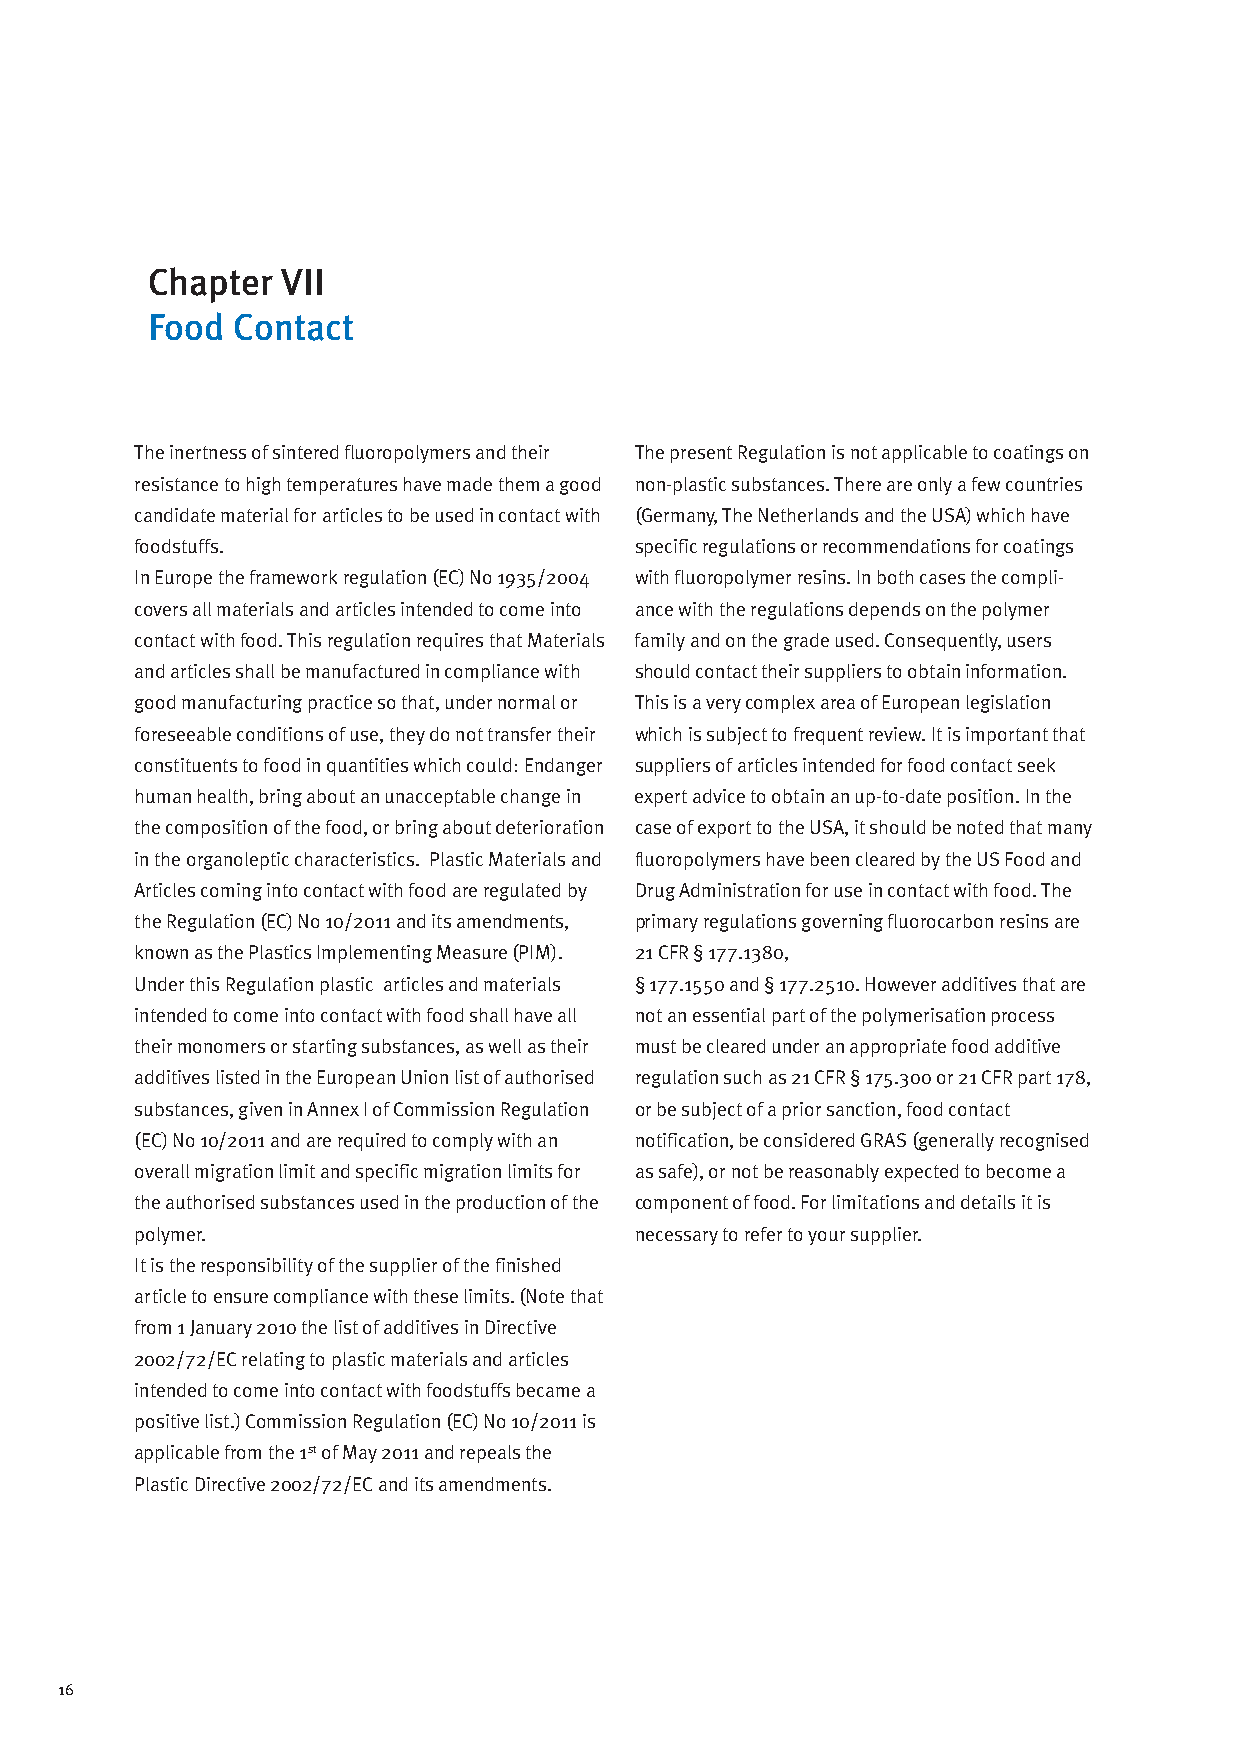
Chapter  VII
 Food Contact
 The inertness of sintered fluoropolymers and their The present Regulation is not applicable to coatings on
 resistance to high temperatures have made them a good non-plastic substances. There are only a few countries
 candidate material for articles to be used in contact with (Germany, The Netherlands and the USA) which have
 foodstuffs.                      specific regulations or recommendations for coatings
 In Europe the framework regulation (EC) No 1935/2004 with fluoropolymer resins. In both cases the compli-
 covers all materials and articles intended to come into ance with the regulations depends on the polymer
 contact with food. This regulation requires that Materials family and on the grade used. Consequently, users
 and articles shall be manufactured in compliance with should contact their suppliers to obtain information.
 good manufacturing practice so that, under normal or This is a very complex area of European legislation
 foreseeable conditions of use, they do not transfer their which is subject to frequent review. It is important that
 constituents to food in quantities which could: Endanger suppliers of articles intended for food contact seek
 human health, bring about an unacceptable change in expert advice to obtain an up-to-date position. In the
 the composition of the food, or bring about deterioration case of export to the USA, it should be noted that many
 in the organoleptic characteristics. Plastic Materials and fluoropolymers have been cleared by the US Food and
 Articles coming into contact with food are regulated by Drug Administration for use in contact with food. The
 the Regulation (EC) No 10/2011 and its amendments, primary regulations governing fluorocarbon resins are
 known as the Plastics Implementing Measure (PIM). 21 CFR § 177.1380,
 Under this Regulation plastic articles and materials § 177.1550 and § 177.2510. However additives that are
 intended to come into contact with food shall have all not an essential part of the polymerisation process
 their monomers or starting substances, as well as their must be cleared under an appropriate food additive
 additives listed in the European Union list of authorised regulation such as 21 CFR § 175.300 or 21 CFR part 178,
 substances, given in Annex I of Commission Regulation or be subject of a prior sanction, food contact
 (EC) No 10/2011 and are required to comply with an notification, be considered GRAS (generally recognised
 overall migration limit and specific migration limits for as safe), or not be reasonably expected to become a
 the authorised substances used in the production of the component of food. For limitations and details it is
 polymer.                         necessary to refer to your supplier.
 It is the responsibility of the supplier of the finished
 article to ensure compliance with these limits. (Note that
 from 1 January 2010 the list of additives in Directive
 2002/72/EC relating to plastic materials and articles
 intended to come into contact with foodstuffs became a
 positive list.) Commission Regulation (EC) No 10/2011 is
 applicable from the 1st of May 2011 and repeals the
 Plastic Directive 2002/72/EC and its amendments.
 16